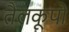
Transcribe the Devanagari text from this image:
तैलकूपों